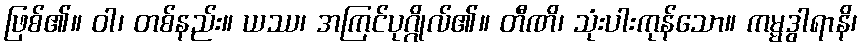
ဖြစ်၏။ ဝါ၊ တစ်နည်း။ ယဿ၊ အကြင်ပုဂ္ဂိုလ်၏။ တီဏိ၊ သုံးပါးကုန်သော။ ကမ္မဒွါရာနိ၊